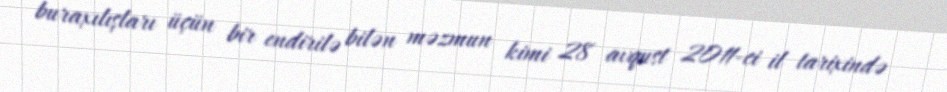
buraxılışları üçün bir endirilə bilən məzmun kimi 28 avqust 2011-ci il tarixində